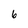
Character: 6